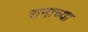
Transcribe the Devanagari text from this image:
रानाच्या